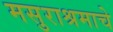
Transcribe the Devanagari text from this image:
मसुराश्रमाचे